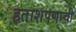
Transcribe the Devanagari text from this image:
हताशपणाची